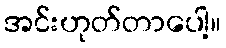
အင်းဟုတ်တာပေါ့။